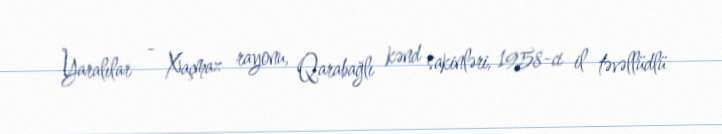
Yaralılar - Xaçmaz rayonu, Qarabağlı kənd sakinləri, 1958-ci il təvəllüdlü